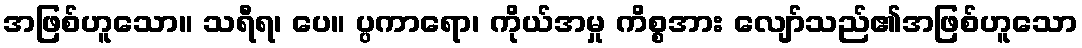
အဖြစ်ဟူသော။ သရီရ၊ ပေ။ ပ္ပကာရော၊ ကိုယ်အမှု ကိစ္စအား လျော်သည်၏အဖြစ်ဟူသော